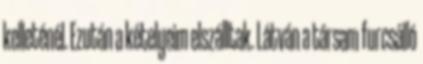
kelleténél. Ezután a kételyeim elszálltak. Látván a társam furcsálló